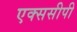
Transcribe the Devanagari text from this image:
एक्ससीपी